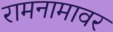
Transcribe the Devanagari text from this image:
रामनामावर